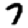
Digit: 7